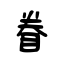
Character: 眷